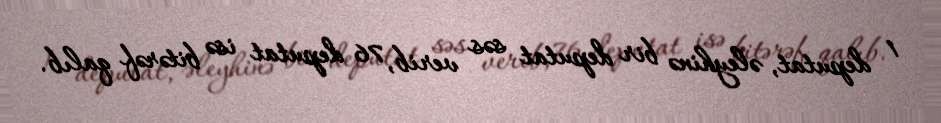
1 deputat, əleyhinə bir deputat səs verib, 76 deputat isə bitərəf qalıb.